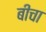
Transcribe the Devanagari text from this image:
बीचा